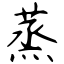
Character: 蒸